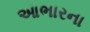
આભારના